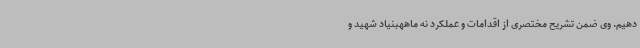
دهیم. وی ضمن تشریح مختصری از اقدامات و عملکرد نه ماههبنیاد شهید و